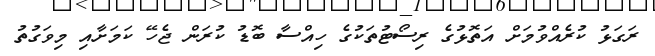
ރަގަޅު ކުރެެއްވުމަށް އަތޮޅުގެ ރިސޯޓުތަކުގެ ހިއްސާ ބޮޑު ކުރަން ޖެހޭ ކަމަށާއި މިވަގުތު